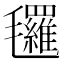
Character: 𣱀